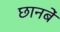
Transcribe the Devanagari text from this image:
छानबें